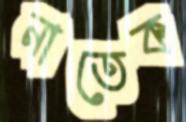
নাতেক